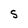
Character: S